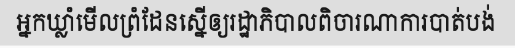
អ្នកឃ្លាំមើលព្រំដែនស្នើឲ្យរដ្ឋាភិបាលពិចារណាការបាត់បង់